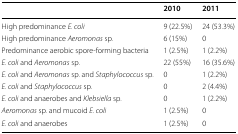
<table><thead><tr><td></td><td><b>2010</b></td><td><b>2011</b></td></tr></thead><tbody><tr><td>High predominance <i>E. coli</i></td><td>9 (22.5%)</td><td>24 (53.3%)</td></tr><tr><td>High predominance <i>Aeromonas</i> sp.</td><td>6 (15%)</td><td>0</td></tr><tr><td>Predominance aerobic spore-forming bacteria</td><td>1 (2.5%)</td><td>1 (2.2%)</td></tr><tr><td><i>E. coli</i> and <i>Aeromonas</i> sp.</td><td>22 (55%)</td><td>16 (35.6%)</td></tr><tr><td><i>E. coli</i> and <i>Aeromonas</i> sp. and <i>Staphylococcus</i> sp.</td><td>0</td><td>1 (2.2%)</td></tr><tr><td><i>E. coli</i> and <i>Staphylococcus</i> sp.</td><td>0</td><td>2 (4.4%)</td></tr><tr><td><i>E. coli</i> and anaerobes and <i>Klebsiella</i> sp.</td><td>0</td><td>1 (2.2%)</td></tr><tr><td><i>Aeromonas</i> sp. and mucoid <i>E. coli</i></td><td>1 (2.5%)</td><td>0</td></tr><tr><td><i>E. coli</i> and anaerobes</td><td>1 (2.5%)</td><td>0</td></tr></tbody></table>